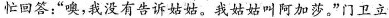
忙回答：“噢，我没有告诉姑姑。我姑姑叫阿加莎。”门卫立